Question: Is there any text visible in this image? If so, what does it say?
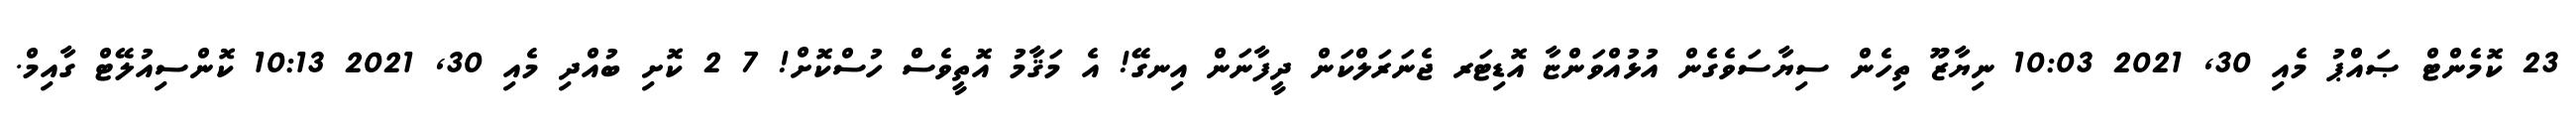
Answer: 23 ކޮމެންޓް ޞައްޕު މެއި 30, 2021 10:03 ނިޔާޒޫ ތިހެން ސިޔާސަވެގެން އުޅުއްވަންޏާ އޮޑިޓަރ ޖެނަރަލްކަން ދީފާނަން އިނގޭ! އެ މަޤާމު އޮތީވެސް ހުސްކޮށް! 7 2 ކޮށި ބުއްދި މެއި 30, 2021 10:13 ކޮންސިއުލޭޓް ގާއިމް.